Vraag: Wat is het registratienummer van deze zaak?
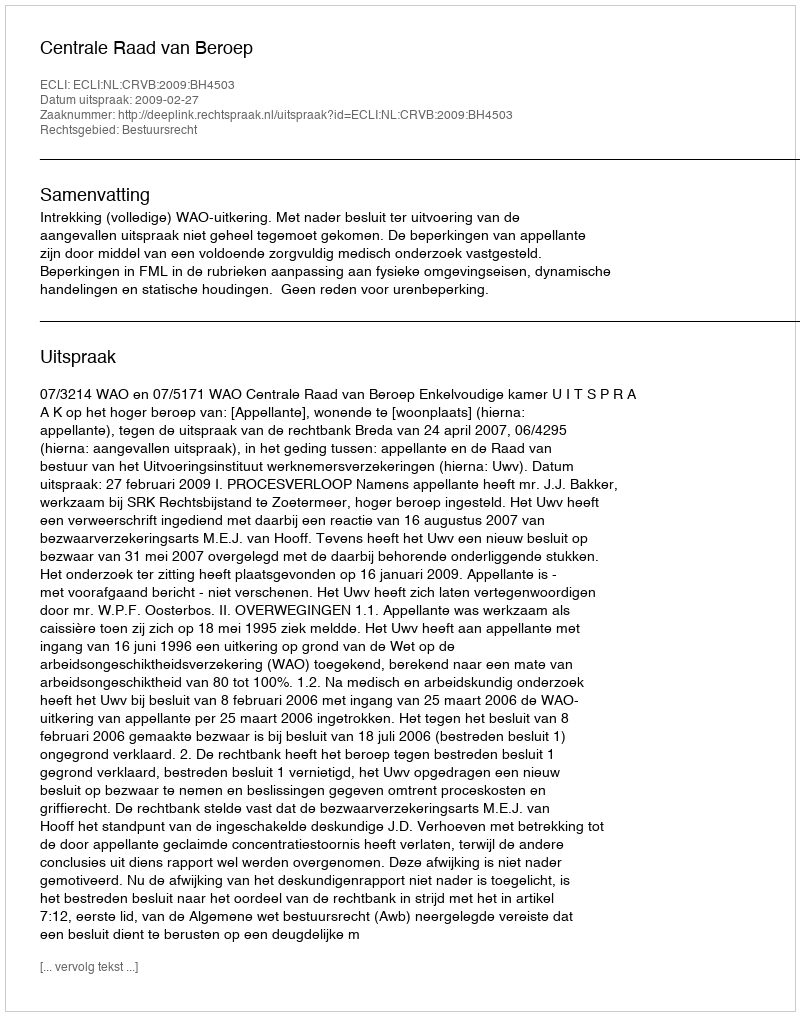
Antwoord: http://deeplink.rechtspraak.nl/uitspraak?id=ECLI:NL:CRVB:2009:BH4503